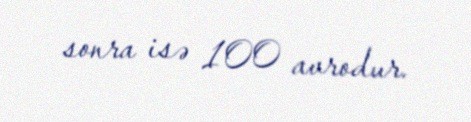
sonra isə 100 avrodur.